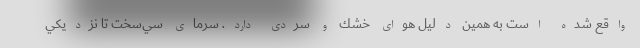
واقع شده است به همين دليل هواي خشك و سردي دارد. سرماي سي‌سخت تا نزديكي